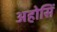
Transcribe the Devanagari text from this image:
अहोसिं